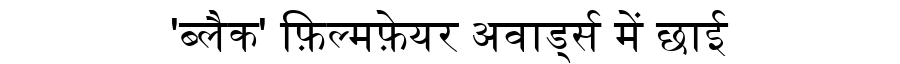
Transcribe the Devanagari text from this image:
'ब्लैक' फ़िल्मफ़ेयर अवार्ड्स में छाई